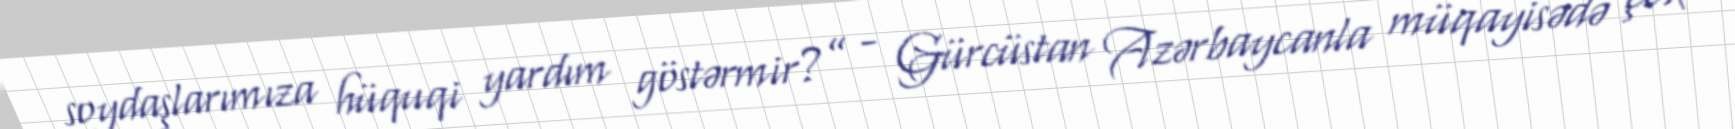
soydaşlarımıza hüquqi yardım göstərmir?” - Gürcüstan Azərbaycanla müqayisədə çox